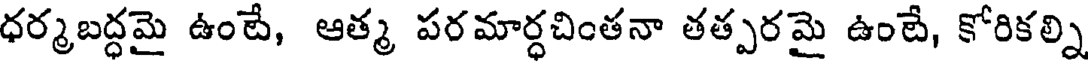
ధర్మబద్ధమై ఉంటే, ఆత్మ పరమార్ధచింతనా తత్పరమై ఉంటే, కోరికల్ని